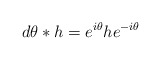
\begin{align*} d\theta *h = e^{i \theta} h e^{-i\theta}\end{align*}